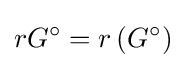
rG^{\circ }=r\left(G^{\circ }\right)